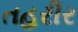
તહરીર